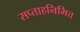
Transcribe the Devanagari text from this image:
सप्ताहनिमित्त